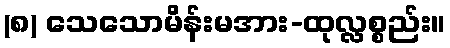
(၈) သေသောမိန်းမအား-ထုလ္လစ္စည်း။